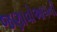
જણાવોઆપની